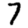
Digit: 7